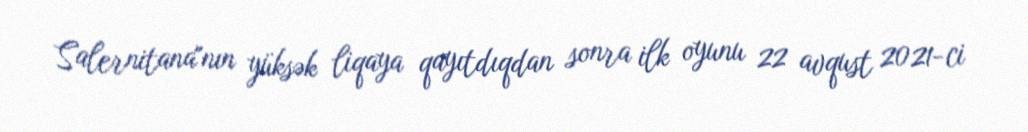
Salernitana"nın yüksək liqaya qayıtdıqdan sonra ilk oyunu 22 avqust 2021-ci